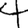
Digit: 4